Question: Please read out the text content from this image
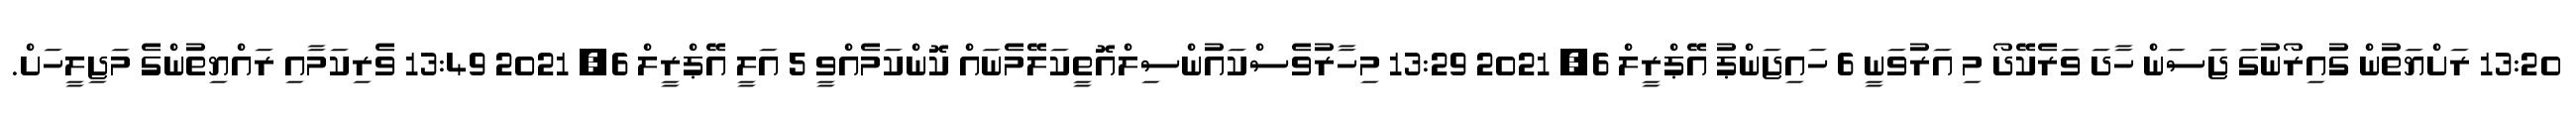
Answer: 13:20 ރަށްޔަތުން ގުއިރޯނުގަ ޖަސަން ހާދަ ވަރެކޭދޯ މި އަރުވަނީ 6 ހައިޖަންޕު އޭޕްރީލް 6, 2021 13:29 މިހާރުވެސްކައުންސިލްއޮތީކަލޭމެނައް ކޮންކަމެއްވީ 5 އަލީ އޭޕްރީލް 6, 2021 13:49 ވެރިކަމާއި ރައްޔިތުންގެ މަޖިލީހަށް.